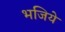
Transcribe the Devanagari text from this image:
भजिये